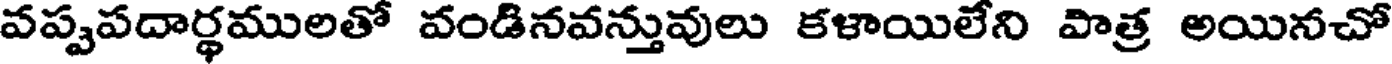
వప్పపదార్థములతో వండినవన్తువులు కళాయిలేని పాత్ర అయినచో